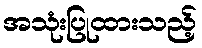
အသုံးပြုထားသည့်